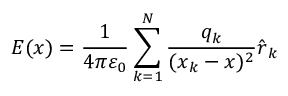
{ \boldsymbol { E } } ( { \boldsymbol { x } } ) = { \frac { 1 } { 4 \pi \varepsilon _ { 0 } } } \sum _ { k = 1 } ^ { N } { \frac { q _ { k } } { ( { \boldsymbol { x } } _ { k } - { \boldsymbol { x } } ) ^ { 2 } } } { \hat { \boldsymbol { r } } } _ { k }